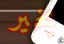
بخير